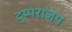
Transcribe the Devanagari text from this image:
दु्ष्पराजय